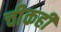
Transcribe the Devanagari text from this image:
चीकही